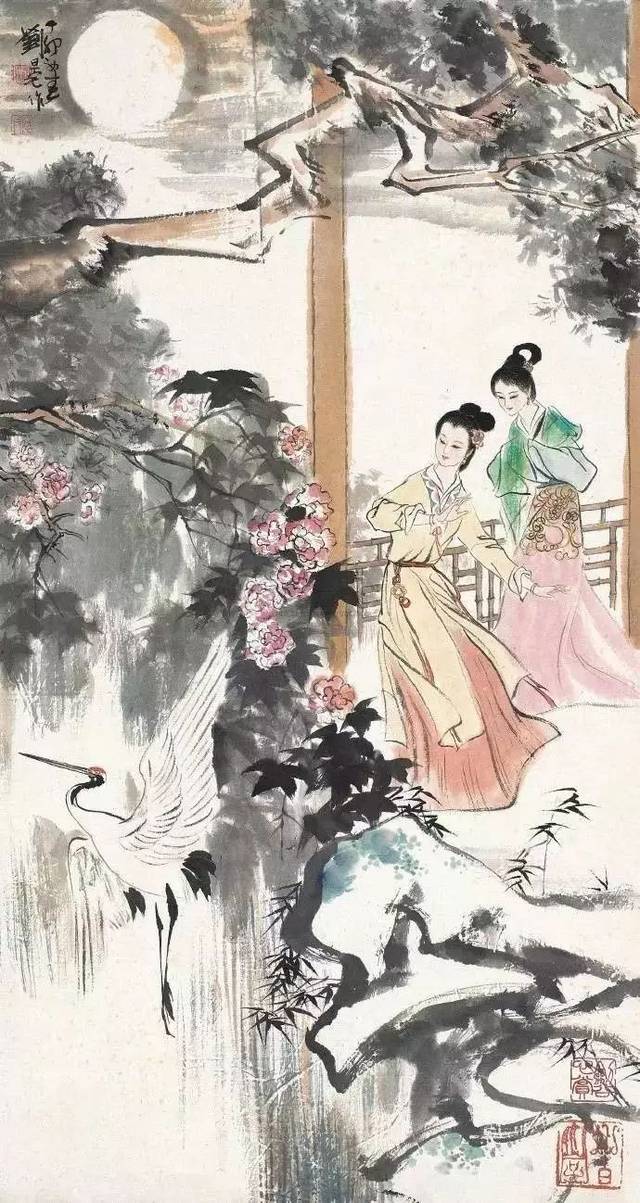
小雨湿黄昏。重午佳辰独掩门。